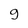
Character: g